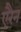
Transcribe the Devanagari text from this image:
एरैन